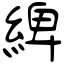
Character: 綼